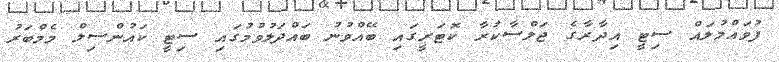
ފުވައްމުލައް ސިޓީ އިދާރާގެ ޖަލްސާކުރާ ކޮޓަރީގައި ބޭއްވުނު ބައްދަލުވުމުގައި ސިޓީ ކައުންސިލް މެމްބަރު